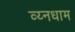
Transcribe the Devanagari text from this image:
व्य्नधाम